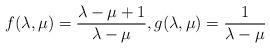
LaTeX: \begin{align*} f(\lambda,\mu)= \frac{\lambda-\mu+1}{\lambda-\mu}, g(\lambda,\mu)= \frac{1}{\lambda-\mu}\end{align*}